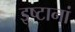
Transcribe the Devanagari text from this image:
इष्टानां